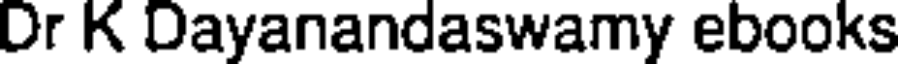
Dr K Dayanandaswamy ebooks